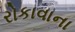
રોકાવાના